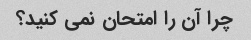
چرا آن را امتحان نمی کنید؟